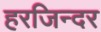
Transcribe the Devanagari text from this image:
हरजिन्दर